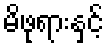
မိဖုရားနှင့်